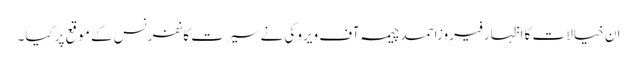
ان خیالات کا اظہارفیروزاحمدچیمہ آف ویروکی نے سیرت کانفرنس کے موقع پرکیا۔